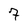
Character: 7